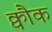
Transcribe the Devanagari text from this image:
क्वौक